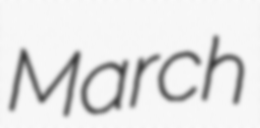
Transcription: March